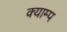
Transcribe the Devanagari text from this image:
क्याम्प